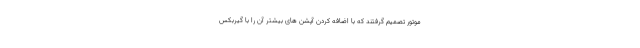
موتور تصمیم گرفتند که با اضافه کردن آپشن های بیشتر آن را با گیربکس